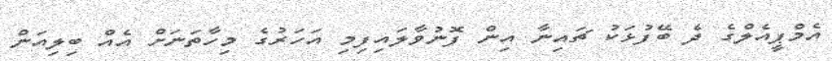
އެމްޕީއެލްގެ ދެ ބޭފުޅަކު ޗައިނާ އިން ފޮނުވާލައިފިމި އަހަރުގެ މިހާތަނަށް އެއް ބިލިއަން